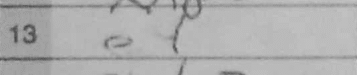
Transcription: e4